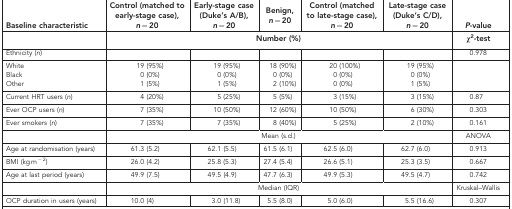
| Baseline characteristic | Control (matched to early-stage case),n=20 | Early-stage case (Duke's A/B),n=20 | Benign,n=20 | Control (matched to late-stage case),n=20 | Late-stage case (Duke's C/D),n=20 | P-value |
 |  | <COLSPAN=5> Number (%) | χ2-test |
 | --- | --- | --- | --- | --- | --- | --- |
 | Ethnicity (n) |  |  |  |  |  | 0.978 |
 | White | 19 (95%) | 19 (95%) | 18 (90%) | 20 (100%) | 19 (95%) |  |
 | Black | 0 (0%) | 0 (0%) | 0 (0%) | 0 (0%) | 0 (0%) |  |
 | Other | 1 (5%) | 1 (5%) | 2 (10%) | 0 (0%) | 1 (5%) |  |
 | Current HRT users (n) | 4 (20%) | 5 (25%) | 5 (5%) | 3 (15%) | 3 (15%) | 0.87 |
 | Ever OCP users (n) | 7 (35%) | 10 (50%) | 12 (60%) | 10 (50%) | 6 (30%) | 0.303 |
 | Ever smokers (n) | 7 (35%) | 7 (35%) | 8 (40%) | 5 (25%) | 2 (10%) | 0.161 |
 |  | <COLSPAN=5> Mean (s.d.) | ANOVA |
 | Age at randomisation (years) | 61.3 (5.2) | 62.1 (5.5) | 61.5 (6.1) | 62.5 (6.0) | 62.7 (6.0) | 0.913 |
 | BMI (kg m−2) | 26.0 (4.2) | 25.8 (5.3) | 27.4 (5.4) | 26.6 (5.1) | 25.3 (3.5) | 0.667 |
 | Age at last period (years) | 49.9 (7.5) | 49.5 (4.9) | 47.7 (6.3) | 49.9 (5.3) | 49.5 (4.7) | 0.742 |
 |  | <COLSPAN=5> Median (IQR) | Kruskal–Wallis |
 | OCP duration in users (years) | 10.0 (4) | 3.0 (11.8) | 5.5 (8.0) | 5.0 (6.0) | 5.5 (16.6) | 0.307 |